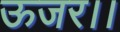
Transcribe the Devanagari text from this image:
ऊजर।।